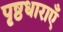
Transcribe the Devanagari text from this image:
पृष्ठधाराएँ